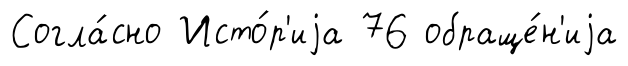
Согла́сно Исто́р'иjа 76 обраще́н'иjа